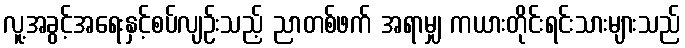
လူ့အခွင့်အရေးနှင့်စပ်လျဉ်းသည့် ညာတစ်ဖက် အရာမျှ ကယားတိုင်းရင်းသားများသည်